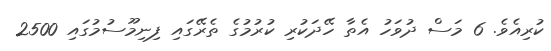
ކުރިއެވެ. 6 މަސް ދުވަހު އެތާ ހޭދަކުރި ކުރުމުގެ ތެރޭގައި ފިނިމޫސުމުގައި 2500